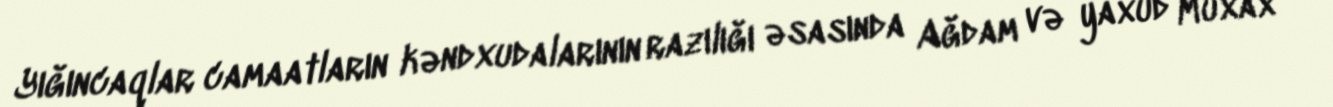
Yığıncaqlar camaatların kəndxudalarının razılığı əsasında Ağdam və yaxud Muxax